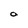
Character: a